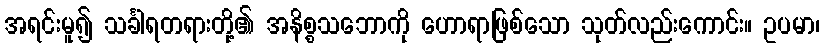
အရင်းမူ၍ သင်္ခါရတရားတို့၏ အနိစ္စသဘောကို ဟောရာဖြစ်သော သုတ်လည်းကောင်း။ ဥပမာ၊